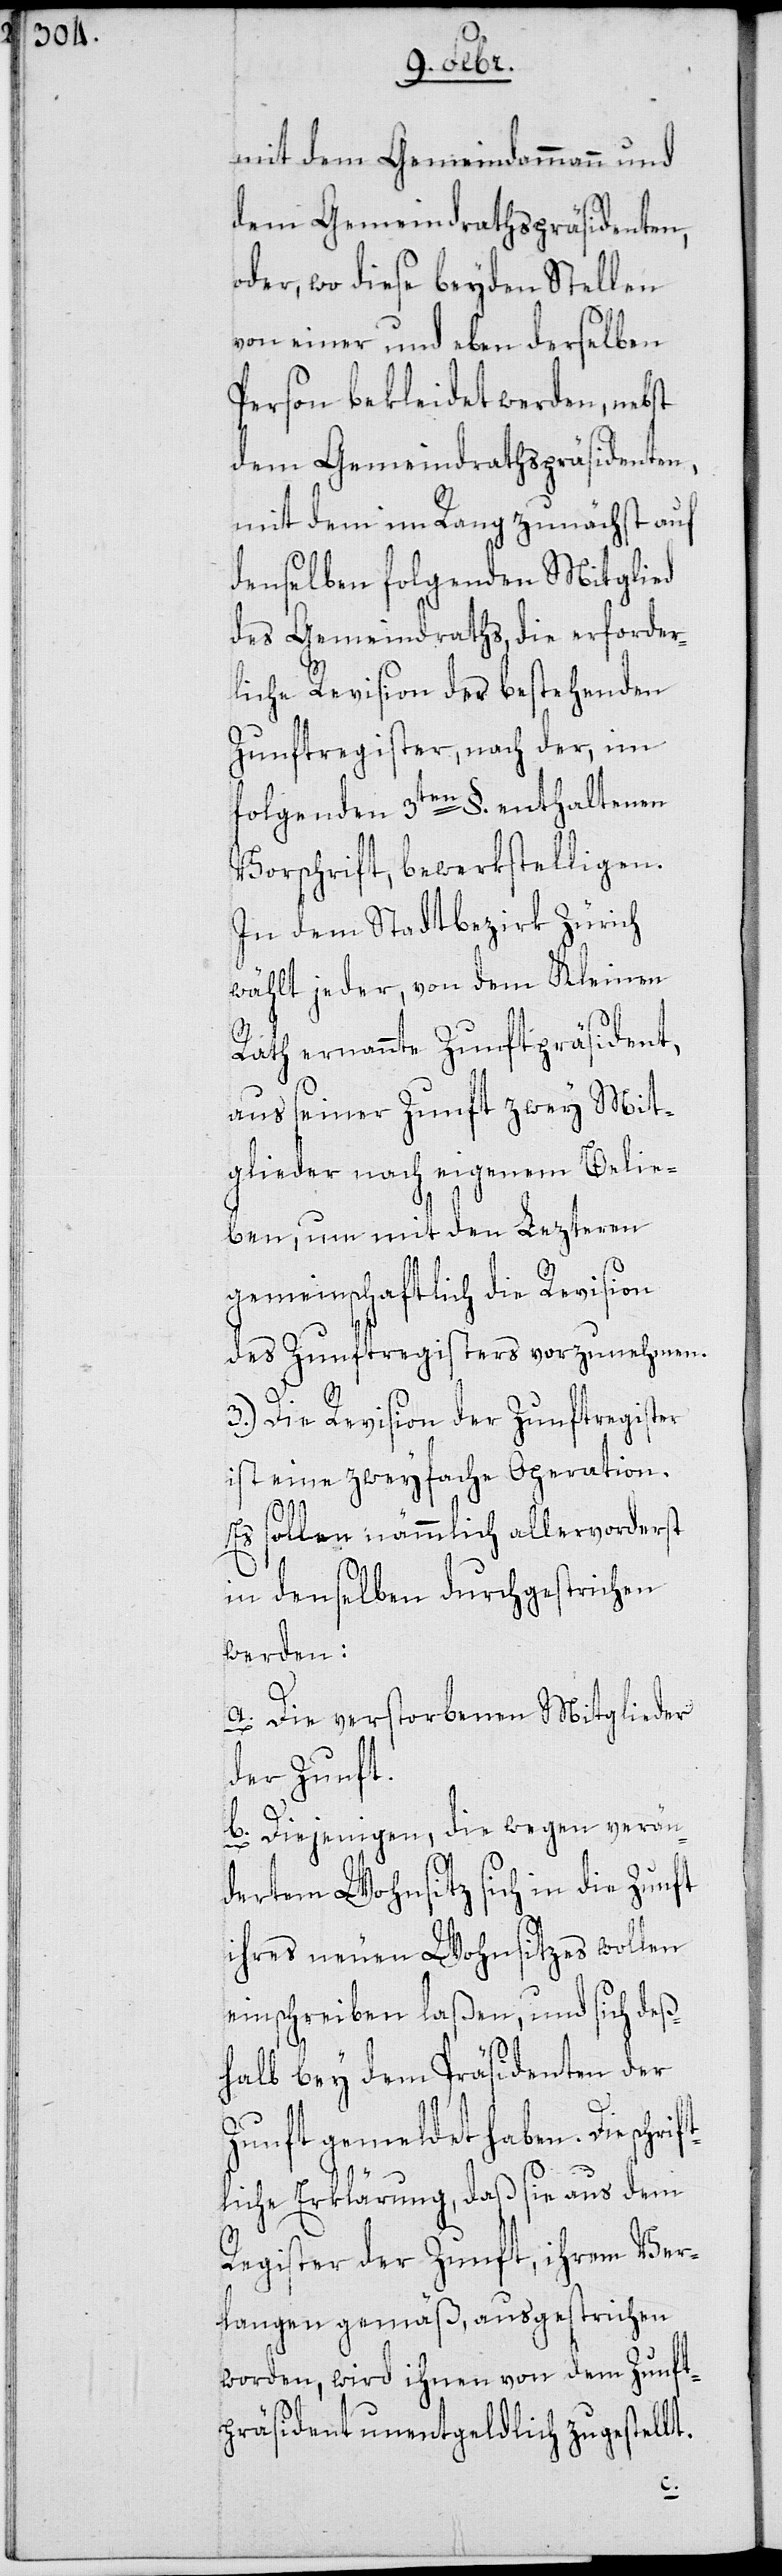
mit dem Gemeindammann und
dem Gemeindrathspräsidenten,
oder wo diese beyden Stellen
von einer und eben derselben
Person bekleidet werden, nebst
dem Gemeindrathspräsidenten,
mit dem im Rang zunächst auf
denselben folgenden Mitglied
des Gemeindraths, die erforder¬
liche Revision des bestehenden
Zunftregister, nach der, im
folgenden 3ten §. enthaltenen
Vorschrift, bewerkstelligen.
In dem Stadtbezirk Zürich
wählt jeder, von dem Kleinen
Rath ernannte Zunftpräsident,
aus seiner Zunft zwey Mit¬
glieder nach eigenem Belie¬
ben, um mit den Lezteren
gemeinschaftlich die Revision
des Zunftregisters vorzunehmen.
3.) Die Revision der Zunftregister
ist eine zweyfache Operation.
Es sollen nämmlich allervorderst
in denselben durchgestrichen
werden:
a. Die verstorbenen Mitglieder
der Zunft.
b. Diejenigen, die wegen verän¬
dertem Wohnsitz sich in die Zunft
ihres neuen Wohnsitzes wollen
einschreiben laßen, und sich deß¬
halb bey dem Präsidenten der
Zunft gemeldet haben. Die schri¬
ftliche Erklärung, daß sie aus dem
Register der Zunft, ihrem Ver¬
langen gemäß, ausgestrichen
worden, wird ihnen von dem Zunft¬
präsident unentgeldlich zugestellt.